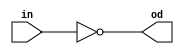
module open_drain_inverter (
input in,
output od
);

assign od = ~in;

endmodule